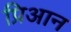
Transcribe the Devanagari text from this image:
प्रिआन